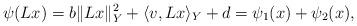
LaTeX: \begin{align*}\psi(Lx) = b\lVert Lx\rVert^2_Y +\langle v,Lx\rangle_Y +d=\psi_1 (x) + \psi_2 (x),\end{align*}